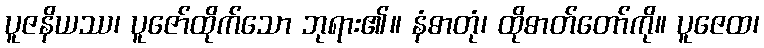
ပူဇနိယဿ၊ ပူဇော်ထိုက်သော ဘုရား၏။ နံဓာတုံ၊ ထိုဓာတ်တော်ကို။ ပူဇေထ၊